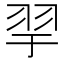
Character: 𦏴